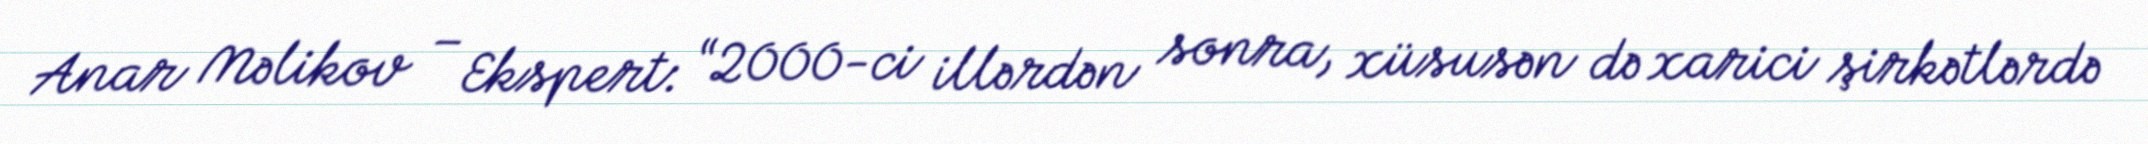
Anar Məlikov – Ekspert: “2000-ci illərdən sonra, xüsusən də xarici şirkətlərdə